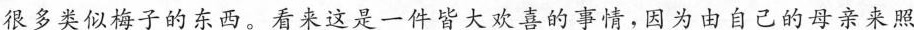
很多类似梅子的东西。看来这是一件皆大欢喜的事情，因为由自己的母亲来照